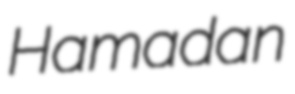
Hamadan